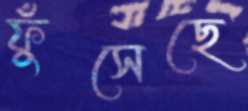
ফুঁসেছে